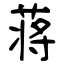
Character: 蒋